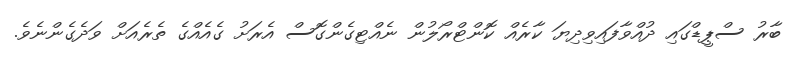
ބާރު ސްޕީޑްގައި ދުއްވާފައިވިދިޔަ ކާރެއް ކޮންޓްރޯލުން ނެއްޓިގެންގޮސް އެރަށު ގެއެއްގެ ތެރެއަށް ވަދެގެންނެވެ.